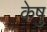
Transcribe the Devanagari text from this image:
केषु